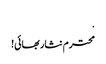
.
محترم نثار بھائی!